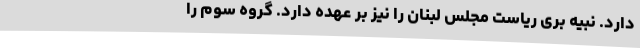
دارد. نبیه بری ریاست مجلس لبنان را نیز بر عهده دارد. گروه سوم را